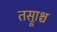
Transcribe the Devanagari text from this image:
तस्रूाश्च